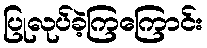
ပြုလုပ်ခဲ့ကြကြောင်း